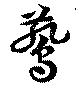
鷰